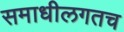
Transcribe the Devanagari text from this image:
समाधीलगतच